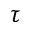
\tau